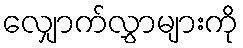
လျှောက်လွှာများကို